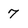
Character: 7